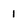
Character: 1